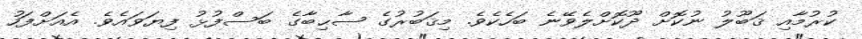
ކުރުމާއި ޤަބޫލު ނުކޮށް ދޫކޮށްލެވޭނެ ބަހެކެވެ. މިޤަބުރުގެ ޞާޙިބާގެ ބަސްފުޅު ފިޔަވައެވެ. އެއަށްފަހު